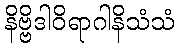
နိဗ္ဗိဒါဝိရာဂါနိသံသံ